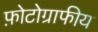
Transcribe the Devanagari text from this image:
फ़ोटोग्राफीय